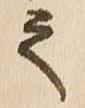
之